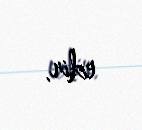
edir.